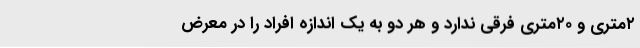
۲‌متری و ۲۰‌متری فرقی ندارد و هر دو به یک اندازه افراد را در معرض